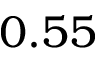
0 . 5 5